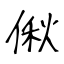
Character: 偢